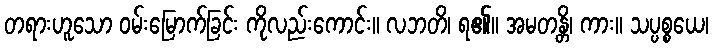
တရားဟူသော ဝမ်းမြောက်ခြင်း ကိုလည်းကောင်း။ လဘတိ၊ ရ၏။ အမတန္တိ၊ ကား။ သပ္ပစ္စယေ၊